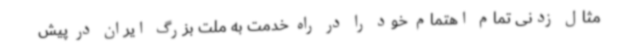
مثال زدنی تمام اهتمام خود را در راه خدمت به ملت بزرگ ایران در پیش